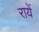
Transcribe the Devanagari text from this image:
रायें